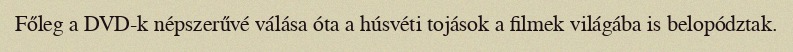
Főleg a DVD-k népszerűvé válása óta a húsvéti tojások a filmek világába is belopództak.